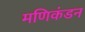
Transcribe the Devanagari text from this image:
मणिकंडन